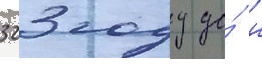
323 году до́ н